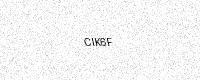
Text: CIK6F